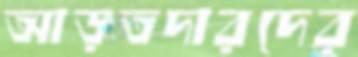
আড়তদারদের